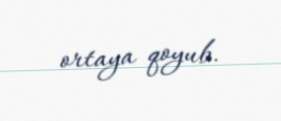
ortaya qoyub.